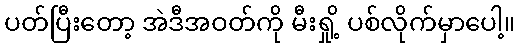
ပတ်ပြီးတော့ အဲဒီအဝတ်ကို မီးရှို့ ပစ်လိုက်မှာပေါ့။